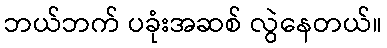
ဘယ်ဘက် ပခုံးအဆစ် လွဲနေတယ်။